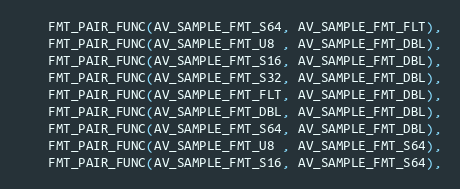
Language: C
    FMT_PAIR_FUNC(AV_SAMPLE_FMT_S64, AV_SAMPLE_FMT_FLT),
    FMT_PAIR_FUNC(AV_SAMPLE_FMT_U8 , AV_SAMPLE_FMT_DBL),
    FMT_PAIR_FUNC(AV_SAMPLE_FMT_S16, AV_SAMPLE_FMT_DBL),
    FMT_PAIR_FUNC(AV_SAMPLE_FMT_S32, AV_SAMPLE_FMT_DBL),
    FMT_PAIR_FUNC(AV_SAMPLE_FMT_FLT, AV_SAMPLE_FMT_DBL),
    FMT_PAIR_FUNC(AV_SAMPLE_FMT_DBL, AV_SAMPLE_FMT_DBL),
    FMT_PAIR_FUNC(AV_SAMPLE_FMT_S64, AV_SAMPLE_FMT_DBL),
    FMT_PAIR_FUNC(AV_SAMPLE_FMT_U8 , AV_SAMPLE_FMT_S64),
    FMT_PAIR_FUNC(AV_SAMPLE_FMT_S16, AV_SAMPLE_FMT_S64),